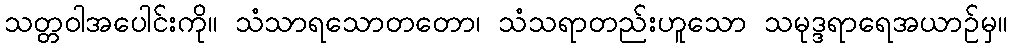
သတ္တဝါအပေါင်းကို။ သံသာရသောတတော၊ သံသရာတည်းဟူသော သမုဒ္ဒရာရေအယာဉ်မှ။